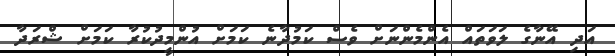
އަދި އޭނާގެ ލަވަތައް އެންމެންނަށް ވެސް ކަމުދާނެ ކަމަށް އުންމީދުކުރާ ކަމަށް ޝްރަދާ